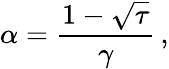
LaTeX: \alpha=\frac{1-\sqrt{\tau}}{\gamma}\, ,